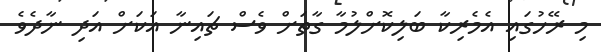
މި ރޭހުގައި އެމެރިކާ ބަލިކޮށްލުމާ ގާތަށް ވެސް ޗައިނާ އަކަށް އަދި ނާދެވެ